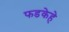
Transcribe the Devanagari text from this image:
फडकेहे